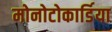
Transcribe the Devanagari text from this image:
मोनोटोकार्डिया